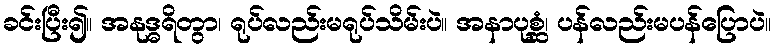
ခင်းပြီး၍။ အနုဒ္ဓရိတွာ၊ ရုပ်လည်းမရုပ်သိမ်းပဲ။ အနာပုစ္ဆံ၊ ပန်လည်းမပန်ပြောပဲ။